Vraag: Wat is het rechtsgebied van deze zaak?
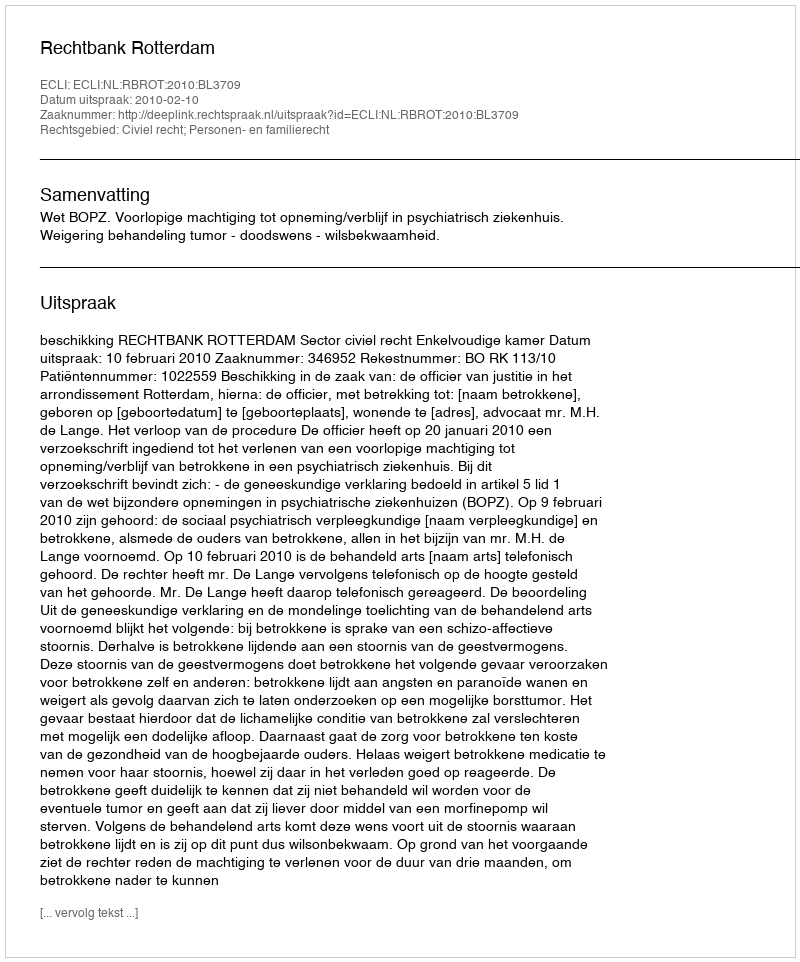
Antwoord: Civiel recht; Personen- en familierecht